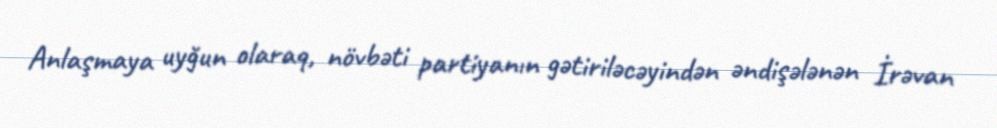
Anlaşmaya uyğun olaraq, növbəti partiyanın gətiriləcəyindən əndişələnən İrəvan